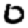
Digit: 0